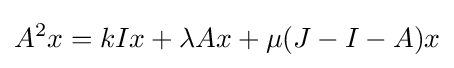
A^{2}x=kIx+\lambda {A}x+\mu (J-I-A)x